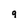
Character: g